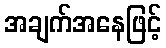
အချက်အနေဖြင့်